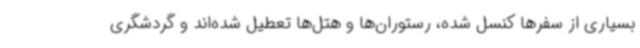
بسیاری از سفرها کنسل شده، رستوران‌ها و هتل‌ها تعطیل شده‌اند و گردشگری